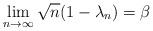
LaTeX: \begin{align*}\lim_{n \to \infty} \sqrt{n}(1 - \lambda_n) = \beta\end{align*}